Indian journal of veterinary science and animal husbandry - Volume 14,
Year: 1944
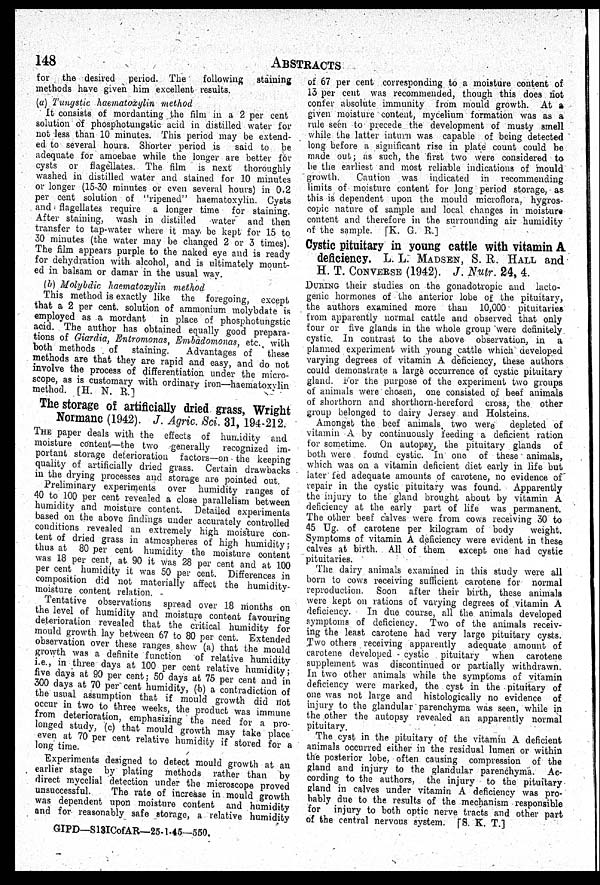
148
ABSTRACTS
for the desired period. The
following staining
methods have given him excellent results.
(a) Tungstic haematoxylin method
It consists of mordanting the film in a 2 per cent
solution of phosphotungstic acid in distilled water for
not less than 10 minutes. This period may be extend-
ed to several hours. Shorter period is said to be
adequate for amoebae while the longer are better for
cysts or flagellates. The film is next thoroughly
washed in distilled water and stained for 10 minutes
or longer (15-30 minutes or even several hours) in 0.2
per cent solution of "ripened" haematoxylin. Cysts
and flagellates require a longer time for staining.
After staining, wash in distilled water and then
transfer to tap-water where it may be kept for 15 to
30 minutes (the water may be changed 2 or 3 times).
The film appears purple to the naked eye and is ready
for dehydration with alcohol, and is ultimately mount-
ed in balsam or damar in the usual way.
(b) Molybdic haematoxylin method
This method is exactly like the foregoing, except
that a 2 per cent. solution of ammonium molybdate is
employed as a mordant in place of phosphotungstic
acid. The author has obtained equally good prepara-
tions of Giardia, Entromonas, Embadomonas, etc., with
both methods of staining.
Advantages of these
methods are that they are rapid and easy, and do not
involve the process of differentiation under the micro-
scope, as is customary with ordinary iron—haematoxylin
method. [H. N. R.]
The storage of artificially dried grass, Wright
Normanc (1942). J. Agric. Sci. 31, 194-212.
THE paper deals with the effects of humidity and
moisture content—the two generally recognized im-
portant storage deterioration factors—on the keeping
quality of artificially dried grass. Certain drawbacks
in the drying processes and storage are pointed out.
Preliminary experiments over humidity ranges of
40 to 100 per cent revealed a close parallelism between
humidity and moisture content. Detailed experiments
based on the above findings under accurately controlled
conditions revealed an extremely high moisture con-
tent of dried grass in atmospheres of high humidity:
thus at 80 per cent humidity the moisture content
was 18 per cent, at 90 it was 28 per cent and at 100
per cent humidity it was 50 per cent. Differences in
composition did not materially affect the humidity-
moisture content relation.
Tentative observations spread over 18 months on
the level of humidity and moisture content favouring
deterioration revealed that the critical humidity for
mould growth lay between 67 to 80 per cent. Extended
observation over these ranges shew (a) that the mould
growth was a definite function of relative humidity
i.e., in three days at 100 per cent relative humidity;
five days at 90 per cent; 50 days at 75 per cent and in
300 days at 70 per cent humidity, (b) a contradiction of
the usual assumption that if mould growth did not
occur in two to three weeks, the product was immune
from deterioration, emphasizing the need for a pro-
longed study, (c) that mould growth may take place
even at 70 per cent relative humidity if stored for a
long time.
Experiments designed to detect mould growth at an
earlier stage by plating methods rather than by
direct mycelial detection under the microscope proved
unsuccessful.
The rate of increase in mould growth
was dependent upon moisture content and humidity
and for reasonably safe storage, a relative humidity
of 67 per cent corresponding to a moisture content of
13 per cent was recommended, though this does not
confer absolute immunity from mould growth. At a
given moisture content, mycelium formation was as a
rule seen to precede the development of musty smell
while the latter inturn was capable of being detected
long before a significant rise in plate count could be
made out; as such, the first two were considered to
be the earliest and most reliable indications of mould
growth.
Caution was indicated in recommending
limits of moisture content for long period storage, as.
this is dependent upon the mould microflora, hygros-
copic nature of sample and local changes in moisture
content and therefore in the surrounding air humidity
of the sample. [K. G. R.]
Cystic pituitary in young cattle with vitamin A
deficiency. L. L. MADSET, S. R. HALL and
H. T. CONVERSE (1942). J. Nutr. 24, 4.
DURING their studies on the gonadotropic and lacto-
genic hormones of the anterior lobe of the pituitary,
the authors examined more than 10,000 pituitaries
from apparently normal cattle and observed that only
four or five glands in the whole group were definitely
cystic. In contrast to the above observation, in a
planned experiment with .young cattle which developed
varying degrees of vitamin A deficiency, these authors
could demonstrate a large occurrence of cystic pituitary
gland. For the purpose of the experiment two groups
of animals were chosen, one consisted of beef animals
of shorthorn and shorthorn-hereford cross, the other
group belonged to dairy Jersey and Holsteins.
Amongst the beef animals two were depleted of
vitamin A by continuously feeding a deficient ration
for sometime. On autopsy, the pituitary glands of
both were found cystic. In one of these animals,
which was on a vitamin deficient diet early in life but
later fed adequate amounts of carotene, no evidence of
repair in the cystic pituitary was found. Apparently
the injury to the gland brought about by vitamin A
deficiency at the early part of life was permanent.
The other beef calves were from cows receiving 30 to
45 Ug. of carotene per kilogram of body
weight.
Symptoms of vitamin A deficiency were evident in these
calves at birth. All of them except one had cystic
pituitaries.
The dairy animals examined in this study were all
born to cows receiving sufficient carotene for normal
reproduction. Soon after their birth, these animals
were kept on rations of varying degrees of vitamin A
deficiency.
In due course, all the animals developed
symptoms of deficiency. Two of the animals receiv-
ing the least carotene had very large pituitary cysts.
Two others receiving apparently adequate amount of
carotene developed cystic pituitary when carotene
supplement was discontinued or partially withdrawn.
In two other animals while the symptoms of vitamin
deficiency were marked, the cyst in the pituitary of
one was not large and histologically no evidence of
injury to the glandular parenchyma was seen, while in
the other the autopsy revealed an apparently normal
pituitary.
The cyst in the pituitary of the vitamin A deficient
animals occurred either in the residual lumen or within
the posterior lobe, often causing compression of the
gland and injury to the glandular parenchyma. Ac-
cording to the authors, the injury to the pituitary
gland in calves under vitamin A deficiency was pro-
bably due to the results of the mechanism responsible
for injury to both optic nerve tracts and other part
of the central nervous system. [S. K. T.]
GIPD—S13ICofAR—25-1-45—550.